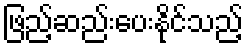
ဖြည့်ဆည်းပေးနိုင်သည့်